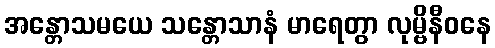
အန္တောသမယေ သန္တောသာနံ မာရေတွာ လုမ္ဗိနီဝနေ